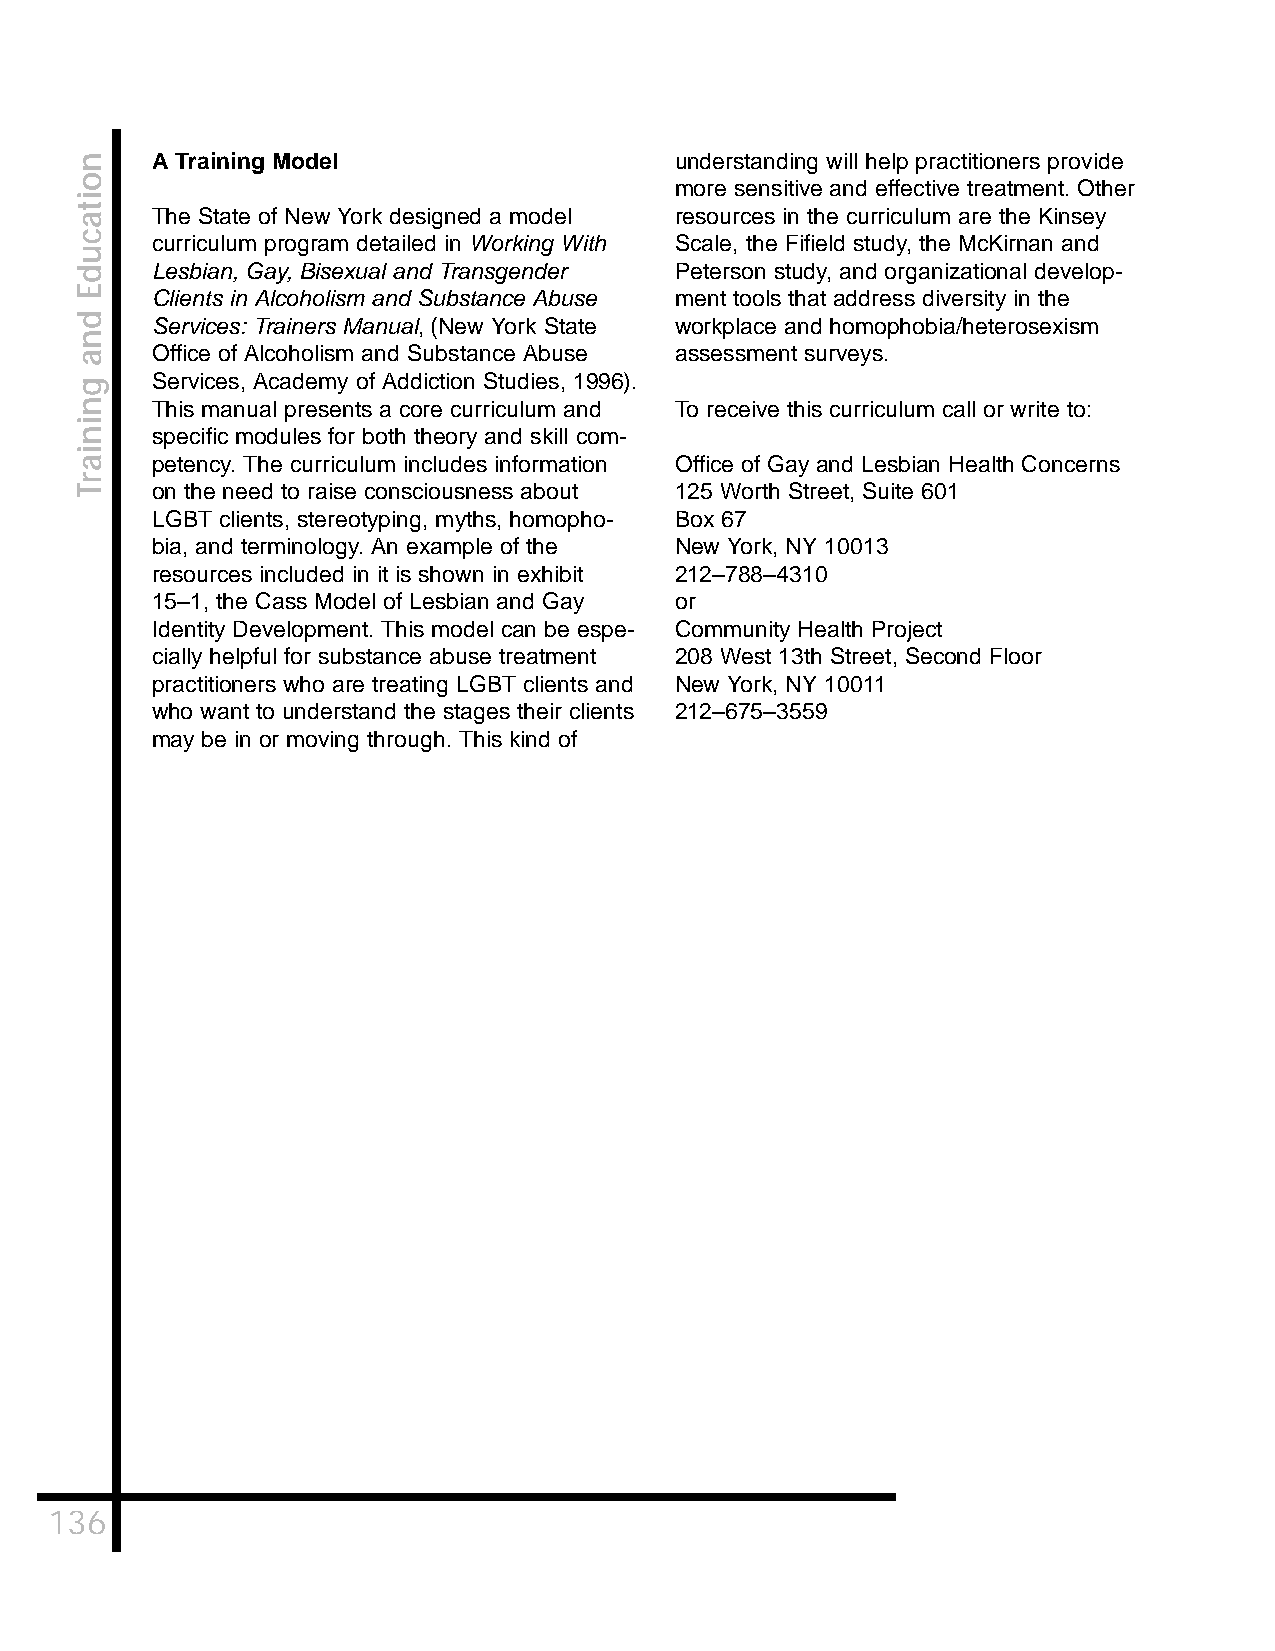
A Training Model                   understanding will help practitioners provide
 more sensitive and effective treatment. Other
 The State of New York designed a model resources in the curriculum are the Kinsey
 curriculum program detailed in Working With Scale, the Fifield study, the McKirnan and
 Lesbian, Gay, Bisexual and Transgender Peterson study, and organizational develop-
 Clients in Alcoholism and Substance Abuse ment tools that address diversity in the
 Services: Trainers Manual, (New York State workplace and homophobia/heterosexism
 Office of Alcoholism and Substance Abuse assessment surveys.
 Services, Academy of Addiction Studies, 1996).
 This manual presents a core curriculum and To receive this curriculum call or write to:
 specific modules for both theory and skill com-
 petency. The curriculum includes information Office of Gay and Lesbian Health Concerns
 on the need to raise consciousness about 125 Worth Street, Suite 601
 LGBT clients, stereotyping, myths, homopho- Box 67
 bia, and terminology. An example of the New York, NY 10013
 resources included in it is shown in exhibit 212–788–4310
 15–1, the Cass Model of Lesbian and Gay or
 Identity Development. This model can be espe- Community Health Project
 cially helpful for substance abuse treatment 208 West 13th Street, Second Floor
 practitioners who are treating LGBT clients and New York, NY 10011
 who want to understand the stages their clients 212–675–3559
 may be in or moving through. This kind of
 136
 noitacudE
 dna
 gniniarT